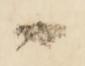
々